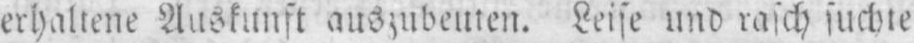
erhaltene Auskunft auszubeuten. Leise und rasch suchte